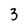
Character: 3